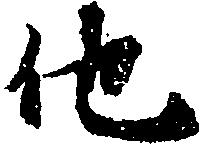
他